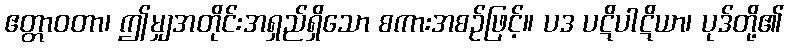
ဧတ္တာဝတာ၊ ဤမျှအတိုင်းအရှည်ရှိသော စကားအစဉ်ဖြင့်။ ပဒ ပဋိပါဋိယာ၊ ပုဒ်တို့၏